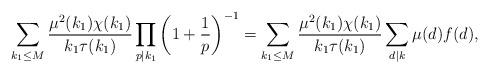
LaTeX: \begin{align*}\sum_{k_1 \leq M} \frac{\mu^2(k_1)\chi(k_1)}{k_1 \tau(k_1)} \prod_{p\mid k_1}\left(1 + \frac{1}{p}\right)^{-1} & = \sum_{k_1 \leq M} \frac{\mu^2(k_1)\chi(k_1)}{k_1 \tau(k_1)} \sum_{d \mid k} \mu(d)f(d),\end{align*}